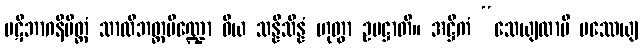
ပဋိဘာဂနိမိတ္တံ သာလိဘတ္တပိဏ္ဍော ဝိယ သန္နိသိန္နံ ဟုတွာ ဥပဋ္ဌာတိ။ အဋ္ဌိကံ “သေယျထာပိ ပဿေယျ